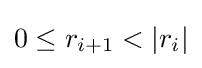
0\leq r_{i+1}<|r_{i}|